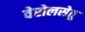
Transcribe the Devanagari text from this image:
वेरोलसेतु